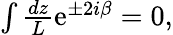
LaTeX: \begin{array}{r}{\int\frac{dz}{L}\mathrm{e}^{\pm 2i\beta}=0,}\end{array}